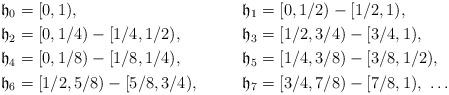
LaTeX: \begin{align*}&\mathfrak{h}_0=[0,1), && \mathfrak{h}_1=[0,1/2)-[1/2,1),\\&\mathfrak{h}_2=[0,1/4)-[1/4,1/2), && \mathfrak{h}_3=[1/2,3/4)-[3/4,1),\\&\mathfrak{h}_4=[0,1/8)-[1/8,1/4),&& \mathfrak{h}_5=[1/4,3/8)-[3/8,1/2),\\&\mathfrak{h}_6=[1/2,5/8)-[5/8,3/4),&& \mathfrak{h}_7=[3/4,7/8)-[7/8,1), \,\,\ldots\end{align*}